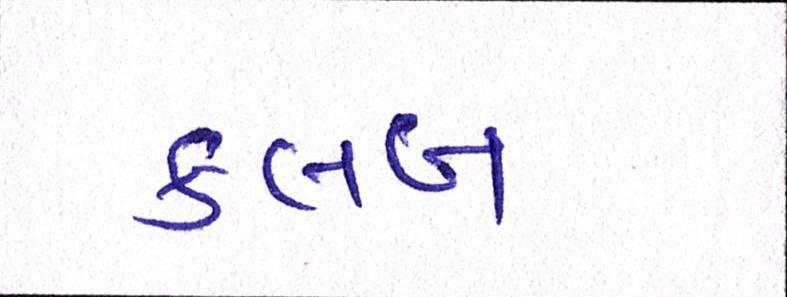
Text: ક્લબ